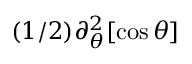
( 1 / 2 ) \partial _ { \theta } ^ { 2 } [ \cos \theta ]